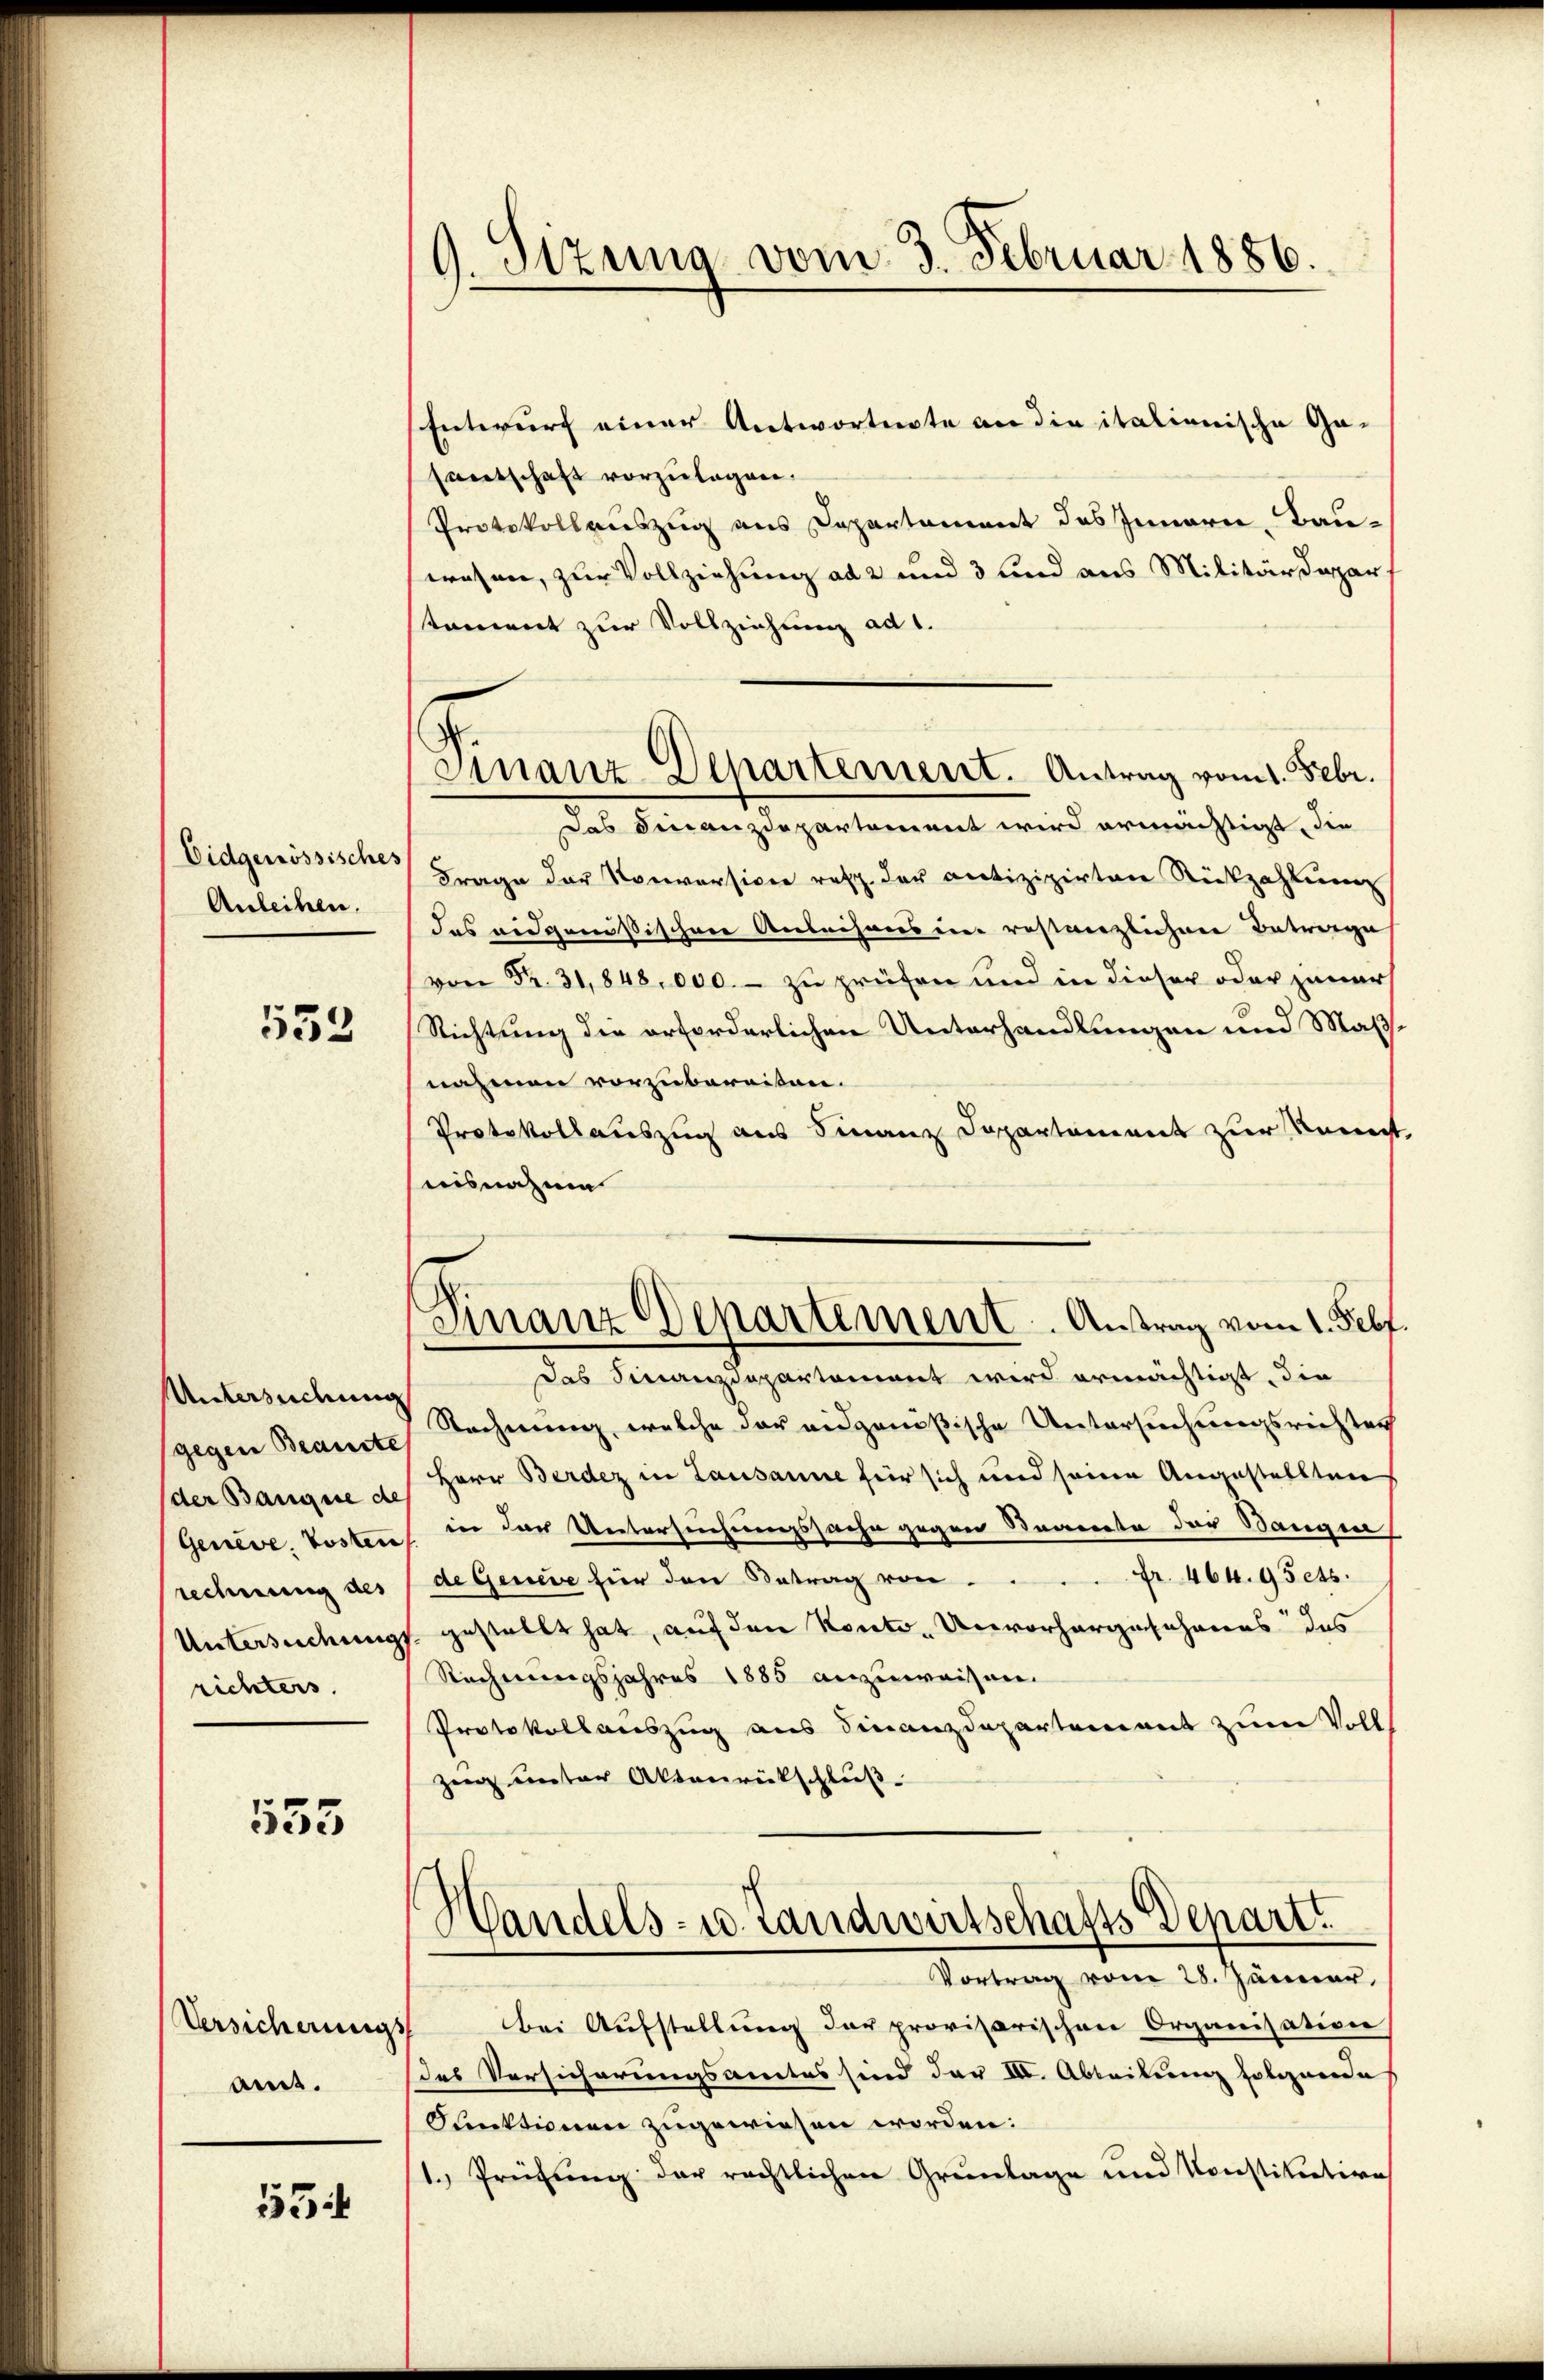
Eidgenössisches
Anleihen.

533

Untersuchung
gegen Beanste
der Banque de
Genève, Posten
rechnung des
Untersuchung
richters

555

Versicherungs
amt.

55

9. Sitzung vom 3. Februar 1886.

Finanz-Departement. Antrag vom 1. Febr.

Entwurf einer Antwortete an die italienische Gesantschaft vorzulagen.
Protokollauszug aus Departament des Innern, Bauwesen, zur Vollziehung ad 2 und 3 und aus Militärdepar
stament zur Vollziehung ad 1.
Das Finanzdepartement wird ermächtigt, die
Frage der Konversion resp. der antizipierten Rückzahlung
das eidgenößischen Anleihens in restanzlichen Betrage
von Fr. 31,848,000.- zu prüfen und in dieser oder jeners
Richtung die erforderlichen Unterhandlungen und Maß
nahmen vorzubereiten.
Protokollauszug aus Finanz Departement zur Kennt
nisnahme
Finanz Departement. Antrag vom 1. Self
das Finanzdepartement wird ermächtigt, die
Rechnung, welche der eidgenößische Untersuchungsrichten
Herr Berdez in Lausanne für sich und seine Angestellten
in der Untersuchungssache gegen Staate der Bangin,
de Genere für den Betrag von Fr. 464. 95 ets.
gestellt hat, auf den Konto- Unvorhergeschens des
Rechnungsjahres 1885 anzuweisen.
Protokollauszug aus Finanzdepartement zum Voll
zig unter Aktenrückschluß
Handels- u. Landwirtschafts Depart.
Vortrag vom 28. Jänner,
Bei Aufstellung der provisorischen Organisation
des Versicherungsamtes sind der III. Abteilung folgende
Funktionen zugewiesen worden:
1.) Prüfung der rechtlichen Grunlage und Konstitution